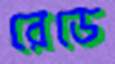
রেডে